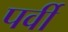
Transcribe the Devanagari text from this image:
पर्वी